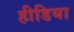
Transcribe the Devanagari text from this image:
हीडिया